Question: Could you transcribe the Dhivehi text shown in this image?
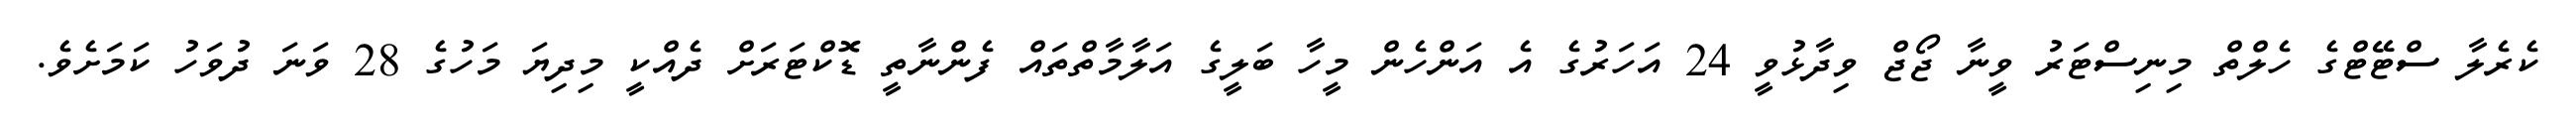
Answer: ކެރެލާ ސްޓޭޓްގެ ހެލްތް މިނިސްޓަރު ވީނާ ޖޯޖް ވިދާޅުވީ 24 އަހަރުގެ އެ އަންހެން މީހާ ބަލީގެ އަލާމާތްތައް ފެންނާތީ ޑޮކްޓަރަށް ދެއްކީ މިދިޔަ މަހުގެ 28 ވަނަ ދުވަހު ކަމަށެވެ.